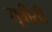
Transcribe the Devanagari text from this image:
यूबीसी